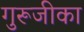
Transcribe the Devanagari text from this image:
गुरूजीका